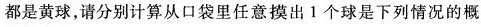
都是黄球，请分别计算从口袋里任意摸出1个球是下列情况的概